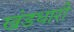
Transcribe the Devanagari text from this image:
खंडधारी